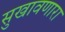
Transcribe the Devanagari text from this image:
सुखावणारा